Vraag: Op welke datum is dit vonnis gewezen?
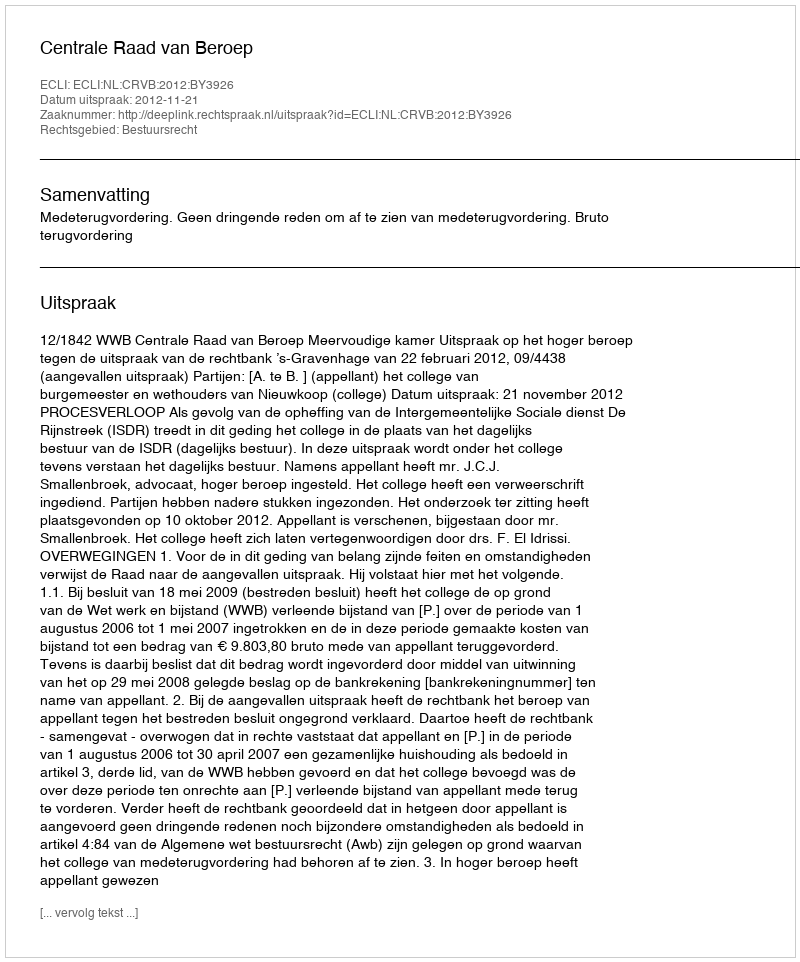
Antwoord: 2012-11-21